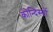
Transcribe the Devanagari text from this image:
कोन्दिस्यों